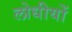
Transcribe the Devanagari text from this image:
लोधीयों